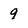
Character: 9